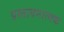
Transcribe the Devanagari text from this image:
प्रस्तावनात्मक